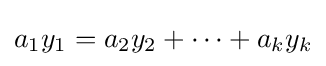
a_{1}y_{1}=a_{2}y_{2}+\cdots +a_{k}y_{k}